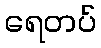
ရေတပ်